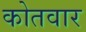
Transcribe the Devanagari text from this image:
कोतवार